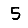
Digit: 5